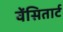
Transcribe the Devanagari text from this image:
वेंसितार्ट